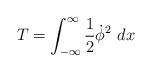
LaTeX: \begin{align*}T = \int_{-\infty}^{\infty} {1 \over 2} \dot\phi^2 \ dx\end{align*}